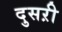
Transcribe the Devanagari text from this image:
दुसऱी